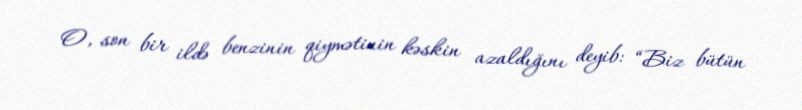
O, son bir ildə benzinin qiymətinin kəskin azaldığını deyib: “Biz bütün